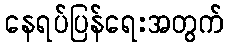
နေရပ်ပြန်ရေးအတွက်